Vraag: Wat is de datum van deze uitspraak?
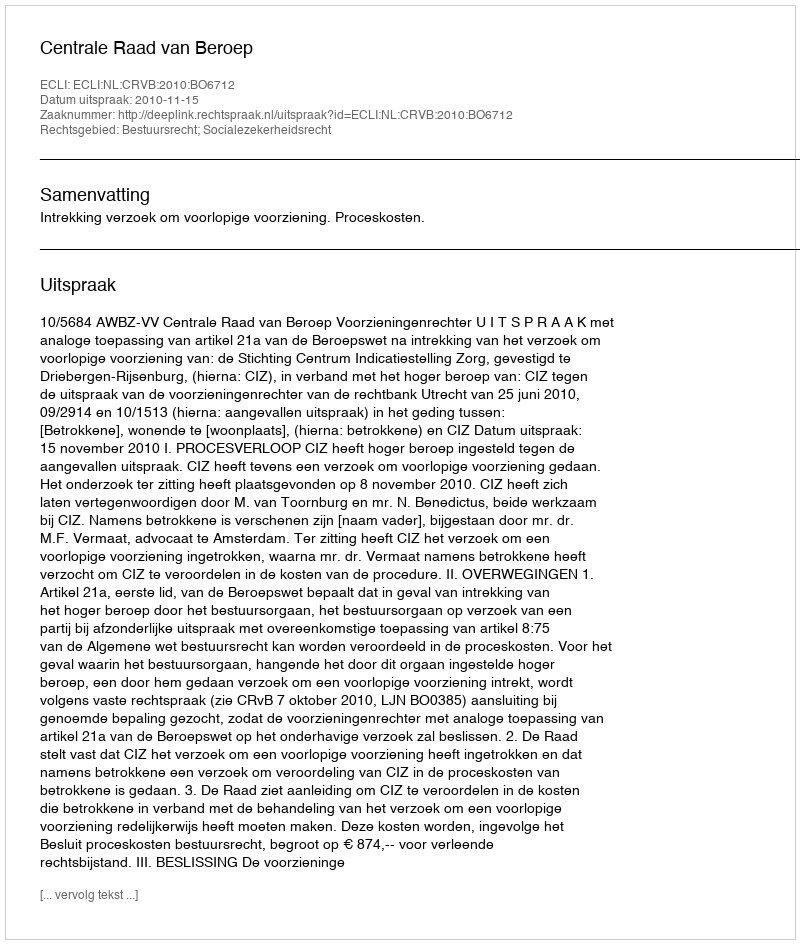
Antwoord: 2010-11-15